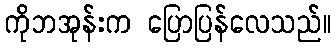
ကိုဘအုန်းက ပြောပြန်လေသည်။